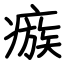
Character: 瘯